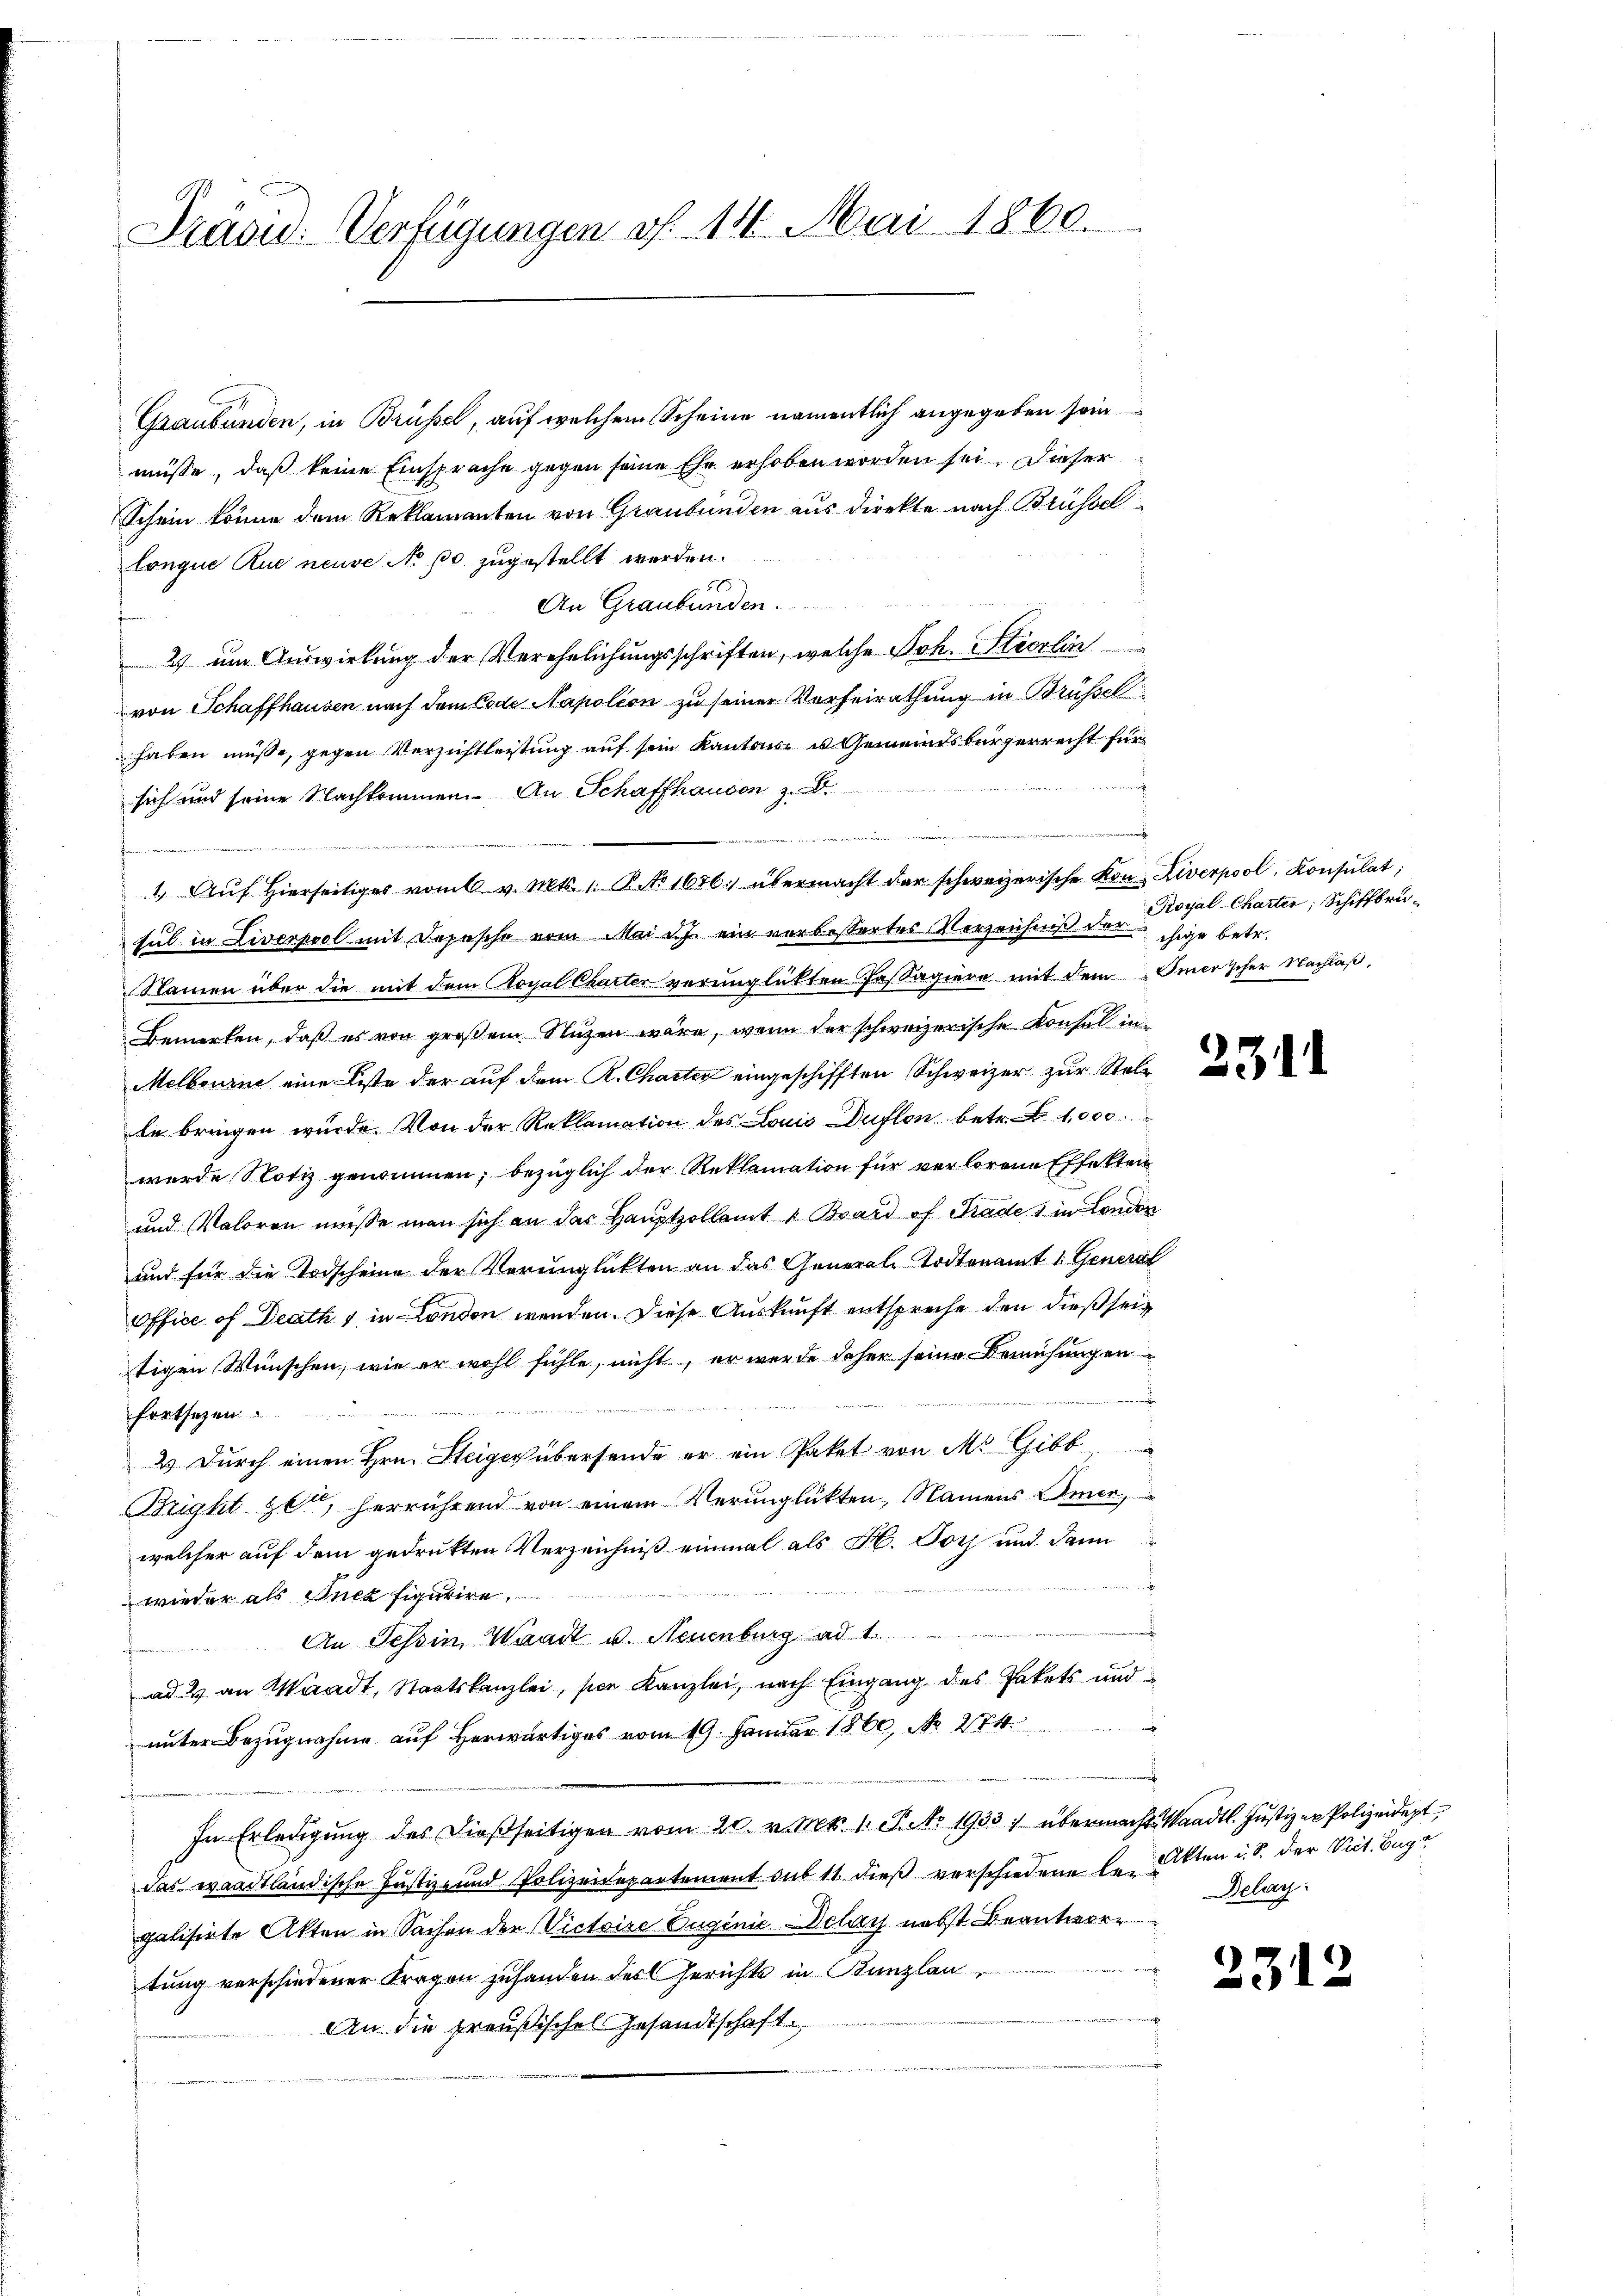
Graubünden, in Brüssel, auf welchem Scheine namentlich angegeben sein
müsse, daß keine Einsprache gegen seine Ehe erhoben worden sei. Dieser
Schein könne dem Reklamanten von Graubünden aus direkte nach Brüssel
longue Que neuve No 10 zugestellt werden.
An Graubünden.
2 um Auswirkung der Verehelichungsschriften, welche Joh. Stierlin
von Schaffhausen nach dem Code Napolion zu seiner Verheirathung in Brüssel
haben müsse, gegen Verzichtleistung auf sein Kantons u Gemeindsbürgerrecht für
sich und seine Nachkommen. An Schaffhausen z. B.
n
1. Aŭf Hierseitiges vom 6 v. Mts. 1. P. NNo. 1656. übermacht der schweizerische Kon Liverpool, Konsulat,
sul in Liverpool mit Depesche vom Mai d.J. ein verbessertes Verzeichniß der chige betr.
Namen über die mit dem Royal Charter verunglückten Passagiere mit dem Omerischer Nachlaß,
Bemerken, daß es von großem Nuzen wäre, wenn der schweizerische Konsul in
Melbourne eine Liste der auf dem K. Charten eingeschifften Schweizer zur Stellle bringen würde. Von der Reklamation des Louis Duflon betr. 1,000
wurde Notiz genommen, bezüglich der Reklamation für verlorene Effekten
und Valoren müsse man sich an das Hauptzollamt u Bvard of Grade 1 in London
und für die Todscheine der Verunglückten an das Generale Todtenamt 1. General
Office of Drath & in London werden. Diese Auskunft entspreche den dießseitigen Wünschen, wie er wohl fühle, nicht, er werde daher seine Bemühungen
fortsetzen.
2.) Durch einen Hrn. Steiger übersende er ein Paket von M. Gibb
Bright zet, herrührend von einem Verunglükten, Namens Omer,
welcher auf dem gedrukten Verzeichniß einmal als H. Doch und dann
wieder als Anck figurire
An Tessin, Waadt u. Neuenburg ad 1.
ad. 2 an Waadt, Staatskanzlei, sie Kanzlei, nach Eingang des Pakets und
wa
unter Bezugnahme auf herwärtiges vom 19. Januar 1860, No 274.
In Erledigung des dießseitigen vom 20. v. Mts. 1. P. No 1933. übermacht Waadt. Justiz er Polizeidept
das waadtländische Justiz- und Polizeidepartement sub 11. dieβ verschiedene le Akten u. S. der Vict. Euge
galisirte Akten in Sachen der Victoire Auginie Delay nebst Beantwor
tung verschiedener Fragen zuhanden des Gerichts in Kunzlau
An die preußisches Gesandtschaft.

Präsid. Verfügungen f. 14. Mai 1860.

Royal-Charten; Schiffbru¬

2
.

231

Delag:

2312